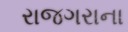
રાજગરાના